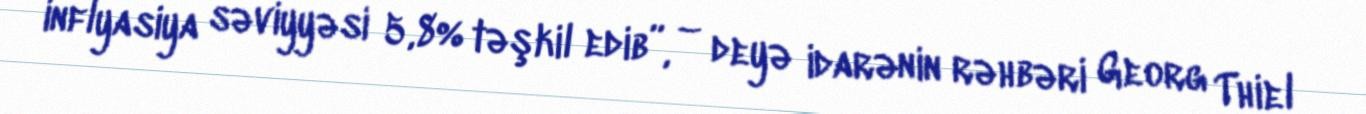
inflyasiya səviyyəsi 5,8% təşkil edib”, – deyə idarənin rəhbəri Georg Thiel